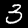
Digit: 3